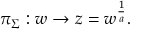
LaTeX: \pi _ { \Sigma } : w \to z = w ^ { { \frac { 1 } { a } } } .